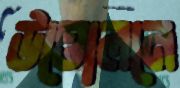
উত্তোলনে